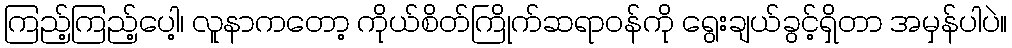
ကြည့်ကြည့်ပေါ့၊ လူနာကတော့ ကိုယ်စိတ်ကြိုက်ဆရာဝန်ကို ရွေးချယ်ခွင့်ရှိတာ အမှန်ပါပဲ။